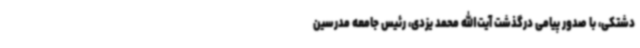
دشتکی، با صدور پیامی درگذشت آیت‌الله محمد یزدی، رئیس جامعه مدرسین